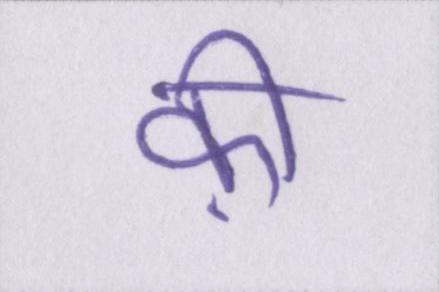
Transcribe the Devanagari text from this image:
क़ी